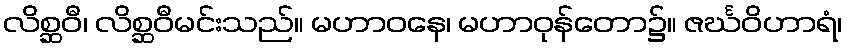
လိစ္ဆဝီ၊ လိစ္ဆဝီမင်းသည်။ မဟာဝနေ၊ မဟာဝုန်တော၌။ ဇင်္ဃဝိဟာရံ၊